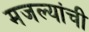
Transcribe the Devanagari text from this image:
मजल्यांची